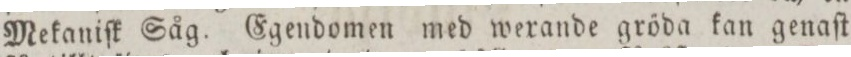
Mekaniſk Såg. Egendomen med wexande gröda kan genaſt